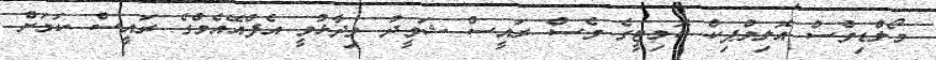
މޯލްޑިވްސް އޮލިމްޕިކް ކޮމިޓީގެ ވެސް ރައީސް ޝަވީދު ވިދާޅުވީ އެފްއޭއެމްގެ ރައީސް ކަމަށް